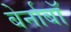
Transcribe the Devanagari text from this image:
बेर्नाबॉ